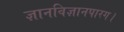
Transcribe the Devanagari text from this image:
ज्ञानविज्ञानपारग।